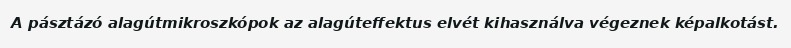
A pásztázó alagútmikroszkópok az alagúteffektus elvét kihasználva végeznek képalkotást.